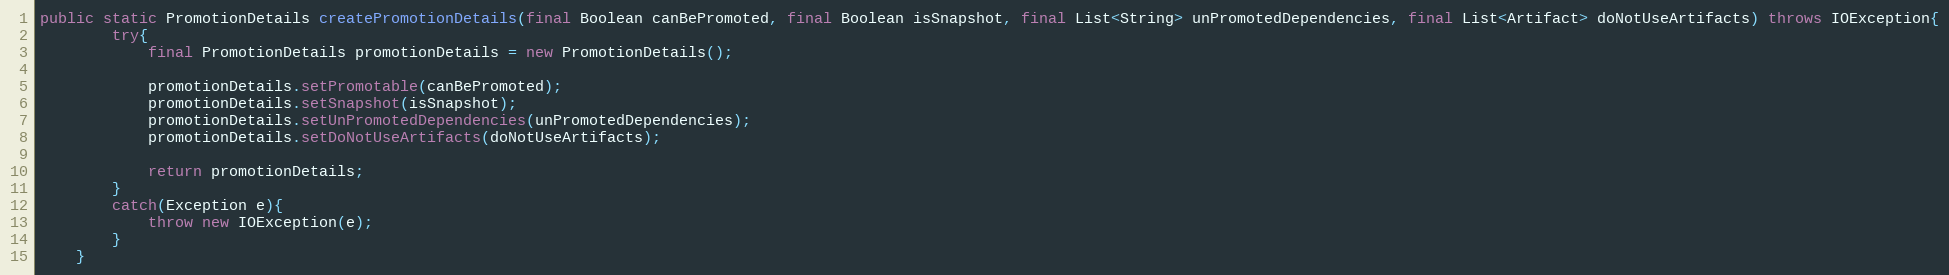
Language: Java
public static PromotionDetails createPromotionDetails(final Boolean canBePromoted, final Boolean isSnapshot, final List<String> unPromotedDependencies, final List<Artifact> doNotUseArtifacts) throws IOException{
		try{
			final PromotionDetails promotionDetails = new PromotionDetails();

			promotionDetails.setPromotable(canBePromoted);
			promotionDetails.setSnapshot(isSnapshot);
			promotionDetails.setUnPromotedDependencies(unPromotedDependencies);
			promotionDetails.setDoNotUseArtifacts(doNotUseArtifacts);

			return promotionDetails;
		}
		catch(Exception e){
			throw new IOException(e);
		}
	}